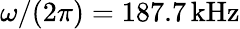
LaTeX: \omega/(2\pi)=187.7\, \mathrm{kHz}